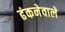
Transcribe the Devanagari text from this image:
ढंकनेवाले